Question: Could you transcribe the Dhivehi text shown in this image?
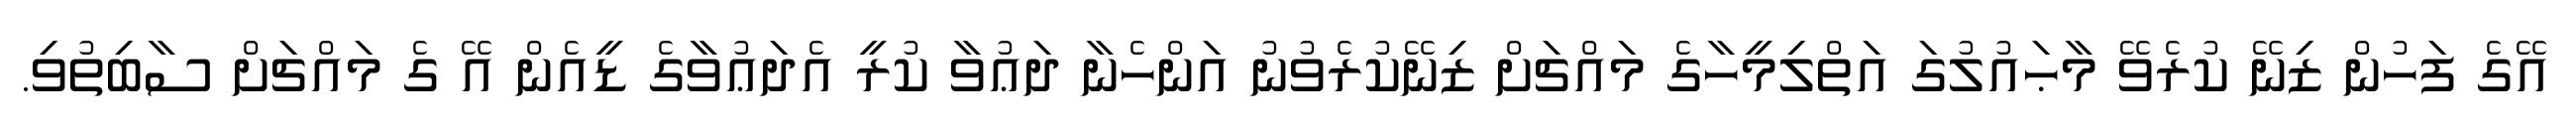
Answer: އޭގެ ފަހުން ޒިނޭ ކުރެވޭ މާޙައުލުގަ އަތްލިމީހާގެ މައްޗަށް ޒިނޭކުރެވުނު އަންހެނާ ދަޢުވާ ކުރީ އެދަޢުވާގެ ޑީއެން އޭ ގެ މައްޗަށް ސާބިތުވި.